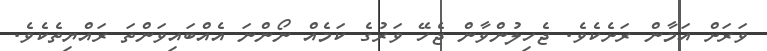
ވަރަށް އަމާން ރަށެކެވެ. ޖެހިލުންވާން ޖެހޭ ވަރުގެ ކަމެއް ނޯންނަ އެއްބައިވަންތަ ރައްޔިތެކެވެ.